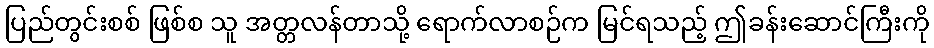
ပြည်တွင်းစစ် ဖြစ်စ သူ အတ္တလန်တာသို့ ရောက်လာစဉ်က မြင်ရသည့် ဤခန်းဆောင်ကြီးကို